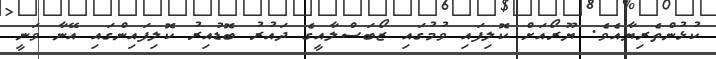
ކުޅުންތެރިޔާއެވެ. ޔޫރޯއަށް ކޮލިފައި ވުމުގައި ޒޯބަސްލާއީގެ ދައުރު ބޮޑުއިރު ކޮލިފައިންގައި އޭނާ ވަނީ